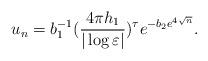
LaTeX: \begin{align*}u_{n}=b_{1}^{-1}(\frac{4\pi h_{1}}{|\log\varepsilon|})^{\tau}e^{-b_{2}e^{4\sqrt{n}}}.\end{align*}